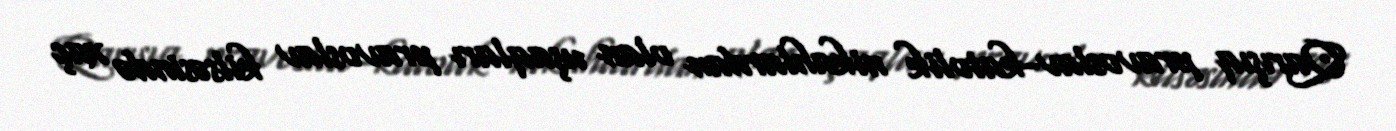
Qarışıq pravoslav-katolik nikahlardan olan uşaqları pravoslav kilsəsində xaç